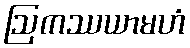
ဩကဿယာမဟံ